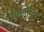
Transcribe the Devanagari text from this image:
लिहावाचायला